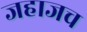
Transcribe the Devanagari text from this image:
जहाजच